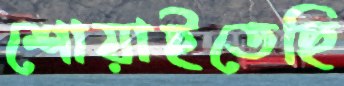
শোয়াইতেছি